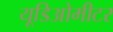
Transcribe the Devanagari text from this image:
यूडिओमीटर